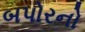
બપોરનો